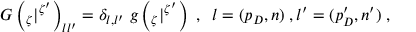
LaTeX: G \left( { } _ { \zeta } | { } ^ { \zeta ^ { \prime } } \right) _ { l l ^ { \prime } } = \delta _ { l , l ^ { \prime } } \; g \left( { } _ { \zeta } | { } ^ { \zeta ^ { \prime } } \right) \; , \; \; l = ( p _ { D } , n ) \; , l ^ { \prime } = ( p _ { D } ^ { \prime } , n ^ { \prime } ) \; ,